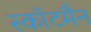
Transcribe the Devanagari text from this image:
स्कॉटमैन